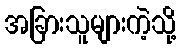
အခြားသူများကဲ့သို့